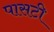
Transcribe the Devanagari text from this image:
पासटी